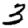
Digit: 3